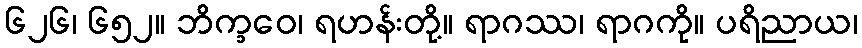
၆၂၆၊ ၆၅၂။ ဘိက္ခဝေ၊ ရဟန်းတို့။ ရာဂဿ၊ ရာဂကို။ ပရိညာယ၊